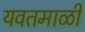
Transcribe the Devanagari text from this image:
यवतमाळी